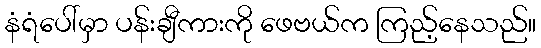
နံရံပေါ်မှာ ပန်းချီကားကို ဖေဗယ်က ကြည့်နေသည်။